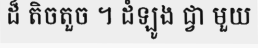
ដ៏ តិចតួច ។ ដំឡូង ជ្វា មួយ